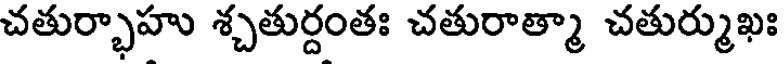
చతుర్భాహు శ్చతుర్దంతః చతురాత్మా చతుర్ముఖః